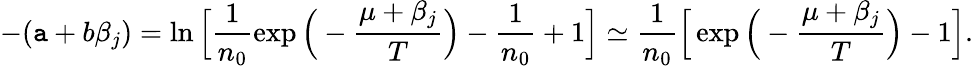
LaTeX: -(\mathtt{a}+b\beta_{j})=\ln{\Big[\frac{{1}}{{n_{0}}}\exp{\Big(-\frac{{\mu+\beta_{j}}}{{T}}\Big)}-\frac{{1}}{{n_{0}}}+1\Big]}\simeq\frac{{1}}{{n_{0}}}\Big[\exp{\Big(-\frac{{\mu+\beta_{j}}}{{T}}\Big)}-1\Big].